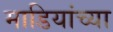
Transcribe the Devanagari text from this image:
माडियांच्या